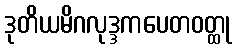
ဒုတိယမိဂလုဒ္ဒကပေတဝတ္ထု